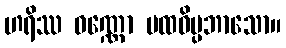
ဟရိဿ ဝဏ္ဏော ပထဝိပ္ပဘာသော။